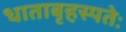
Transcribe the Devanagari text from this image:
धाताबृहस्पतेः